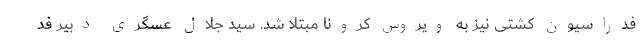
فدراسیون کشتی نیز به ویروس کرونا مبتلا شد. سید جلال عسگری دبیر فد